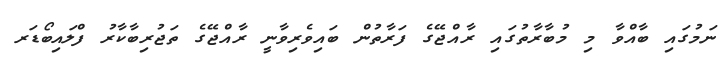
ނަމުގައި ބާއްވާ މި މުބާރާތުގައި ރާއްޖޭގެ ފަރާތުން ބައިވެރިވާނީ ރާއްޖޭގެ ތަޖުރިބާކާރު ފްލައިބޯޑަރ